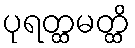
ပုရတ္ထမတ္ထိ